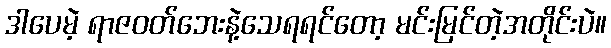
ဒါပေမဲ့ ရာဇဝတ်ဘေးနဲ့သေရရင်တော့ မင်းမြင်တဲ့အတိုင်းပဲ။